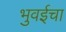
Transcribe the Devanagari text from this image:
भुवईचा